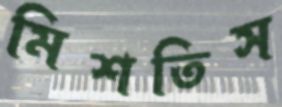
মিশতিস